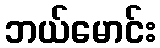
ဘယ်မောင်း